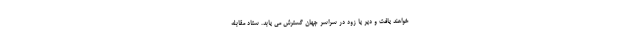
خواهند یافت و دیر یا زود در سراسر جهان گسترش می یابد. ستاد مقابله